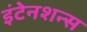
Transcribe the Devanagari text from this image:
इंटेनशन्स